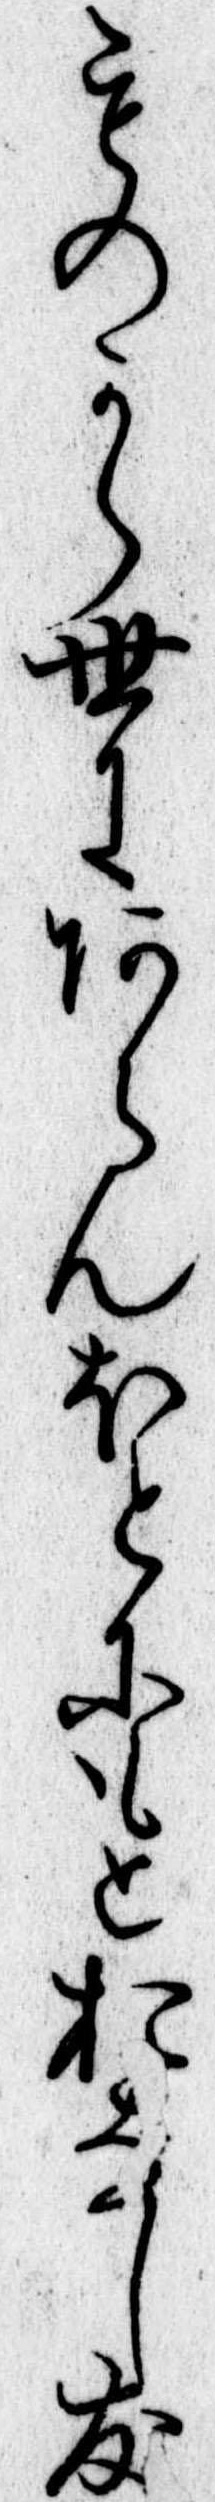
ものから世にあらんほとにもとおなし友